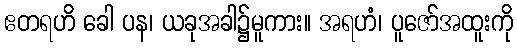
ဧတရဟိ ခေါ ပန၊ ယခုအခါ၌မူကား။ အရဟံ၊ ပူဇော်အထူးကို